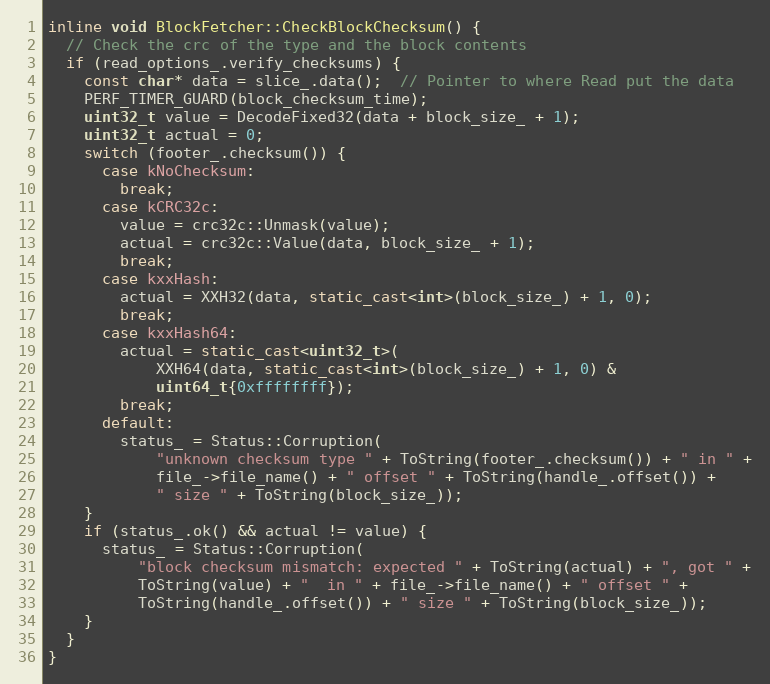
Language: C++
inline void BlockFetcher::CheckBlockChecksum() {
  // Check the crc of the type and the block contents
  if (read_options_.verify_checksums) {
    const char* data = slice_.data();  // Pointer to where Read put the data
    PERF_TIMER_GUARD(block_checksum_time);
    uint32_t value = DecodeFixed32(data + block_size_ + 1);
    uint32_t actual = 0;
    switch (footer_.checksum()) {
      case kNoChecksum:
        break;
      case kCRC32c:
        value = crc32c::Unmask(value);
        actual = crc32c::Value(data, block_size_ + 1);
        break;
      case kxxHash:
        actual = XXH32(data, static_cast<int>(block_size_) + 1, 0);
        break;
      case kxxHash64:
        actual = static_cast<uint32_t>(
            XXH64(data, static_cast<int>(block_size_) + 1, 0) &
            uint64_t{0xffffffff});
        break;
      default:
        status_ = Status::Corruption(
            "unknown checksum type " + ToString(footer_.checksum()) + " in " +
            file_->file_name() + " offset " + ToString(handle_.offset()) +
            " size " + ToString(block_size_));
    }
    if (status_.ok() && actual != value) {
      status_ = Status::Corruption(
          "block checksum mismatch: expected " + ToString(actual) + ", got " +
          ToString(value) + "  in " + file_->file_name() + " offset " +
          ToString(handle_.offset()) + " size " + ToString(block_size_));
    }
  }
}